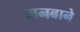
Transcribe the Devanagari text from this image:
मनबाने